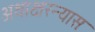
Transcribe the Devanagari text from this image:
अथाक्षरन्यासः